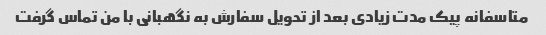
متاسفانه پیک مدت زیادی بعد از تحویل سفارش به نگهبانی با من تماس گرفت